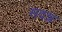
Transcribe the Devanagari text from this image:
सदन्न